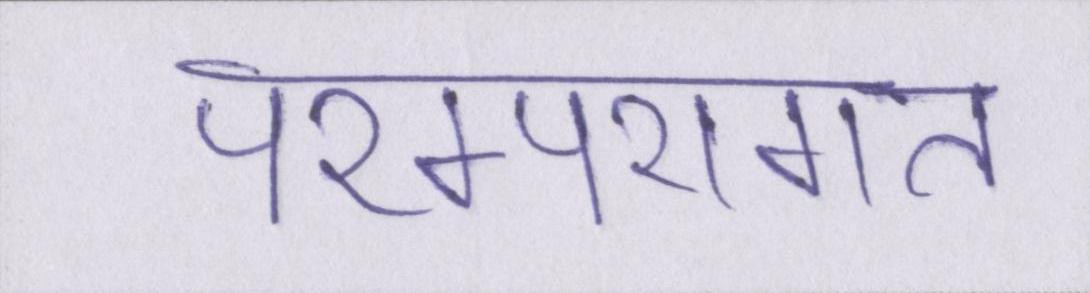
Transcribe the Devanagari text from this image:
परम्परागत